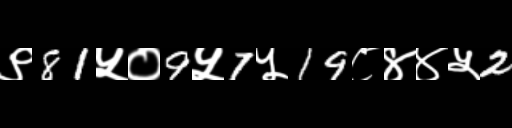
Text: ९81५०9५7५19८४४५2